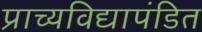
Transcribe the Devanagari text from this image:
प्राच्यविद्यापंडित